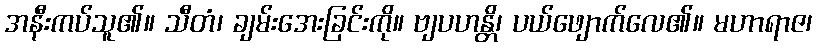
အနီးကပ်သူ၏။ သီတံ၊ ချမ်းအေးခြင်းကို။ ဗျပဟန္တိ၊ ပယ်ဖျောက်လေ၏။ မဟာရာဇ၊